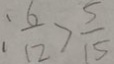
: \frac { 6 } { 1 5 } > \frac { 5 } { 1 5 }